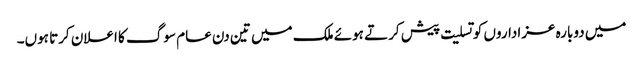
میں دوبارہ عزاداروں کو تسلیت پیش کرتے ہوئے ملک میں تین دن عام سوگ کا اعلان کرتا ہوں۔